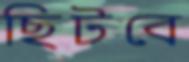
ছিটবে